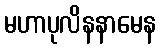
မဟာပုလိနနာမေန